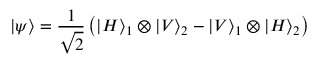
| \psi \rangle = \frac { 1 } { \sqrt { 2 } } \left( | H \rangle _ { 1 } \otimes | V \rangle _ { 2 } - | V \rangle _ { 1 } \otimes | H \rangle _ { 2 } \right)